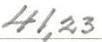
41,23